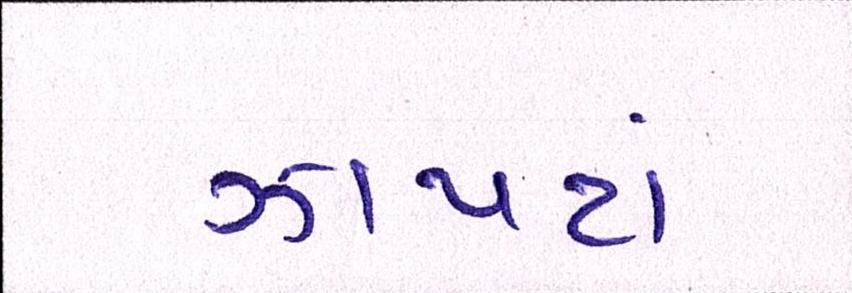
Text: ઝાપટાં